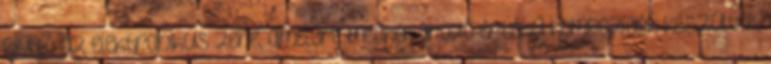
kiváló az elektronikus zene, amelyre meghatározó értékű kompozíciók készültek,